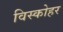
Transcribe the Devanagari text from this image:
विस्कोहर